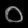
Digit: ၀